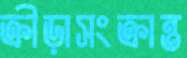
ক্রীড়াসংক্রান্ত